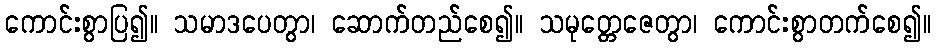
ကောင်းစွာပြ၍။ သမာဒပေတွာ၊ ဆောက်တည်စေ၍။ သမုတ္တေဇေတွာ၊ ကောင်းစွာတက်စေ၍။